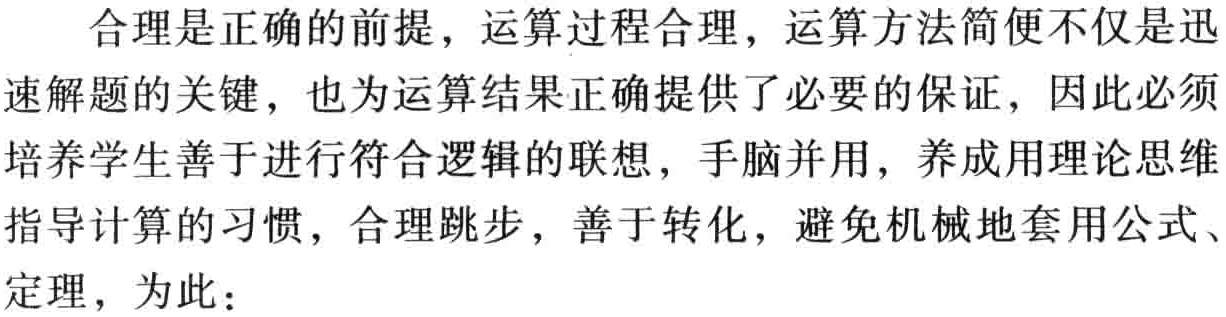
合理是正确的前提，运算过程合理，运算方法简便不仅是迅速解题的关键，也为运算结果正确提供了必要的保证，因此必须培养学生善于进行符合逻辑的联想，手脑并用，养成用理论思维指导计算的习惯，合理跳步，善于转化，避免机械地套用公式、定理，为此：